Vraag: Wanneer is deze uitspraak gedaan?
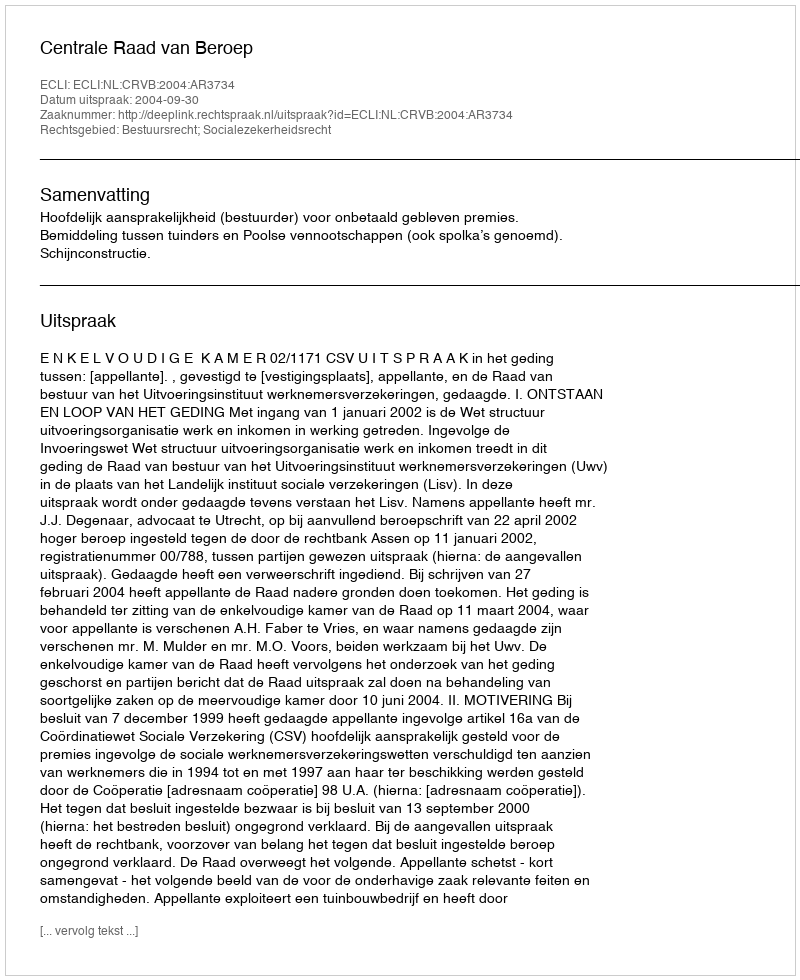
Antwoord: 2004-09-30